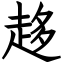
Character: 趍